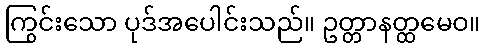
ကြွင်းသော ပုဒ်အပေါင်းသည်။ ဥတ္တာနတ္ထမေဝ။